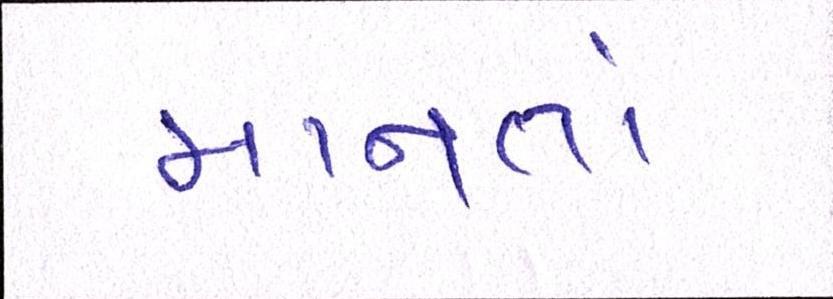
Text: માનતાં